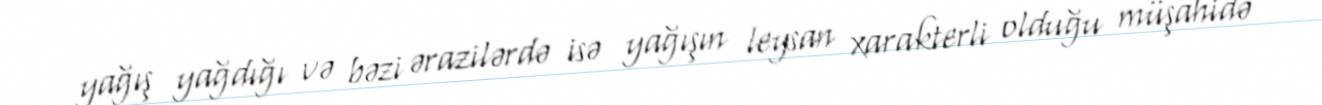
yağış yağdığı və bəzi ərazilərdə isə yağışın leysan xarakterli olduğu müşahidə